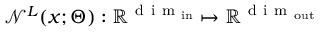
\mathcal N ^ { L } ( \boldsymbol x ; \boldsymbol \Theta ) : \mathbb R ^ { \mathrm { ~ d ~ i ~ m ~ } _ { \mathrm { i n } } } \mapsto \mathbb R ^ { \mathrm { ~ d ~ i ~ m ~ } _ { \mathrm { o u t } } }